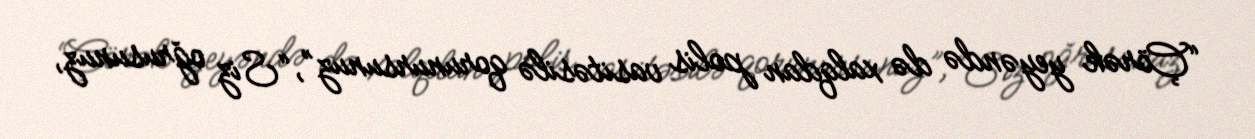
“Çörək yeyəndə də xalqdan polis vasitəsilə qorunursunuz”, “Siz oğrusunuz,